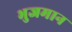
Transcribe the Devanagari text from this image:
भुजमान